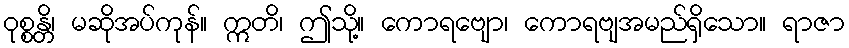
ဝုစ္စန္တိ၊ မဆိုအပ်ကုန်။ ဣတိ၊ ဤသို့။ ကောရဗျော၊ ကောရဗျအမည်ရှိသော။ ရာဇာ